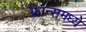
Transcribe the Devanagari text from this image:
फ़्रान्समध्ये